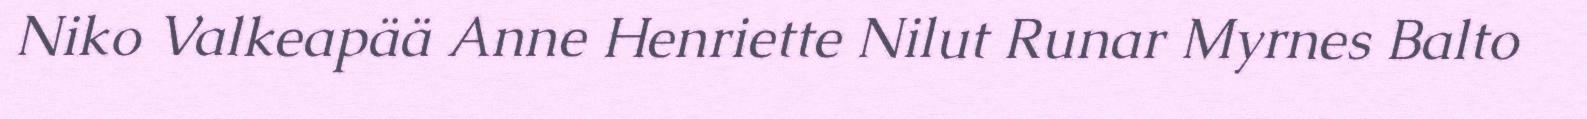
Niko Valkeapää Anne Henriette Nilut Runar Myrnes Balto